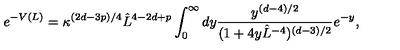
e ^ { - V ( L ) } = \kappa ^ { ( 2 d - 3 p ) / 4 } \hat { L } ^ { 4 - 2 d + p } \int _ { 0 } ^ { \infty } d y { \frac { y ^ { ( d - 4 ) / 2 } } { ( 1 + 4 y \hat { L } ^ { - 4 } ) ^ { ( d - 3 ) / 2 } } } e ^ { - y } ,